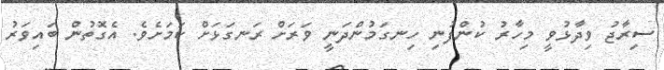
ސިރާޖު ވިދާޅުވީ މިހާރު ކުންފުނި ހިނގަމުންދަނީ ވަރަށް ރަނގަޅަށް ކަމަށެވެ. އެގޮތުން ބައިވަރު